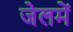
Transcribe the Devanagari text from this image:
जेलमें